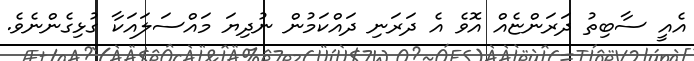
އެއީ ސާބިތު ދަރަންޏެއް އޮވެ އެ ދަރަނި ދައްކަމުން ނުދިޔަ މައްސަލައަކާ ގުޅިގެންނެވެ.